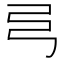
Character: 𢎧